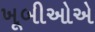
ખૂબીઓએ